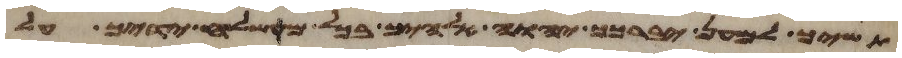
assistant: תשיך למען יברכך יהוה אלהיך בכל משלח ידיך על